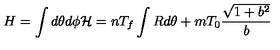
H = \int d \theta d \phi { \cal H } = n T _ { f } \int R d \theta + m T _ { 0 } \frac { \sqrt { 1 + b ^ { 2 } } } { b }